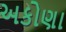
અકોણા